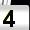
Digit: 4